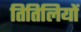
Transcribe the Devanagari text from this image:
तितिलियों